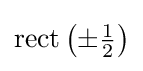
{\textstyle \operatorname {rect} \left(\pm {\frac {1}{2}}\right)}